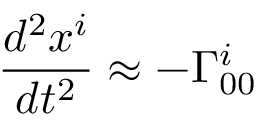
{ \frac { d ^ { 2 } x ^ { i } } { d t ^ { 2 } } } \approx - \Gamma _ { 0 0 } ^ { i }